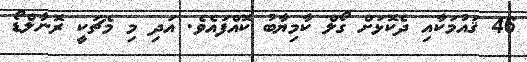
46 ޤައުމަކާއި ދެކޮޅަށް ގޯލް ކާމިޔާބު ކޮއްފައެވެ. އަދި މި މެޗަކީ ރޮނާލްޑޯ